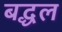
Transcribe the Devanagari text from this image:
बद्धल